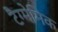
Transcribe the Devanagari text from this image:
टैग्मेमिक